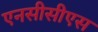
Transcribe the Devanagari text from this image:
एनसीसीएस